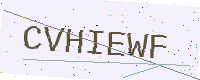
Text: CVHIEWF